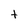
Character: t